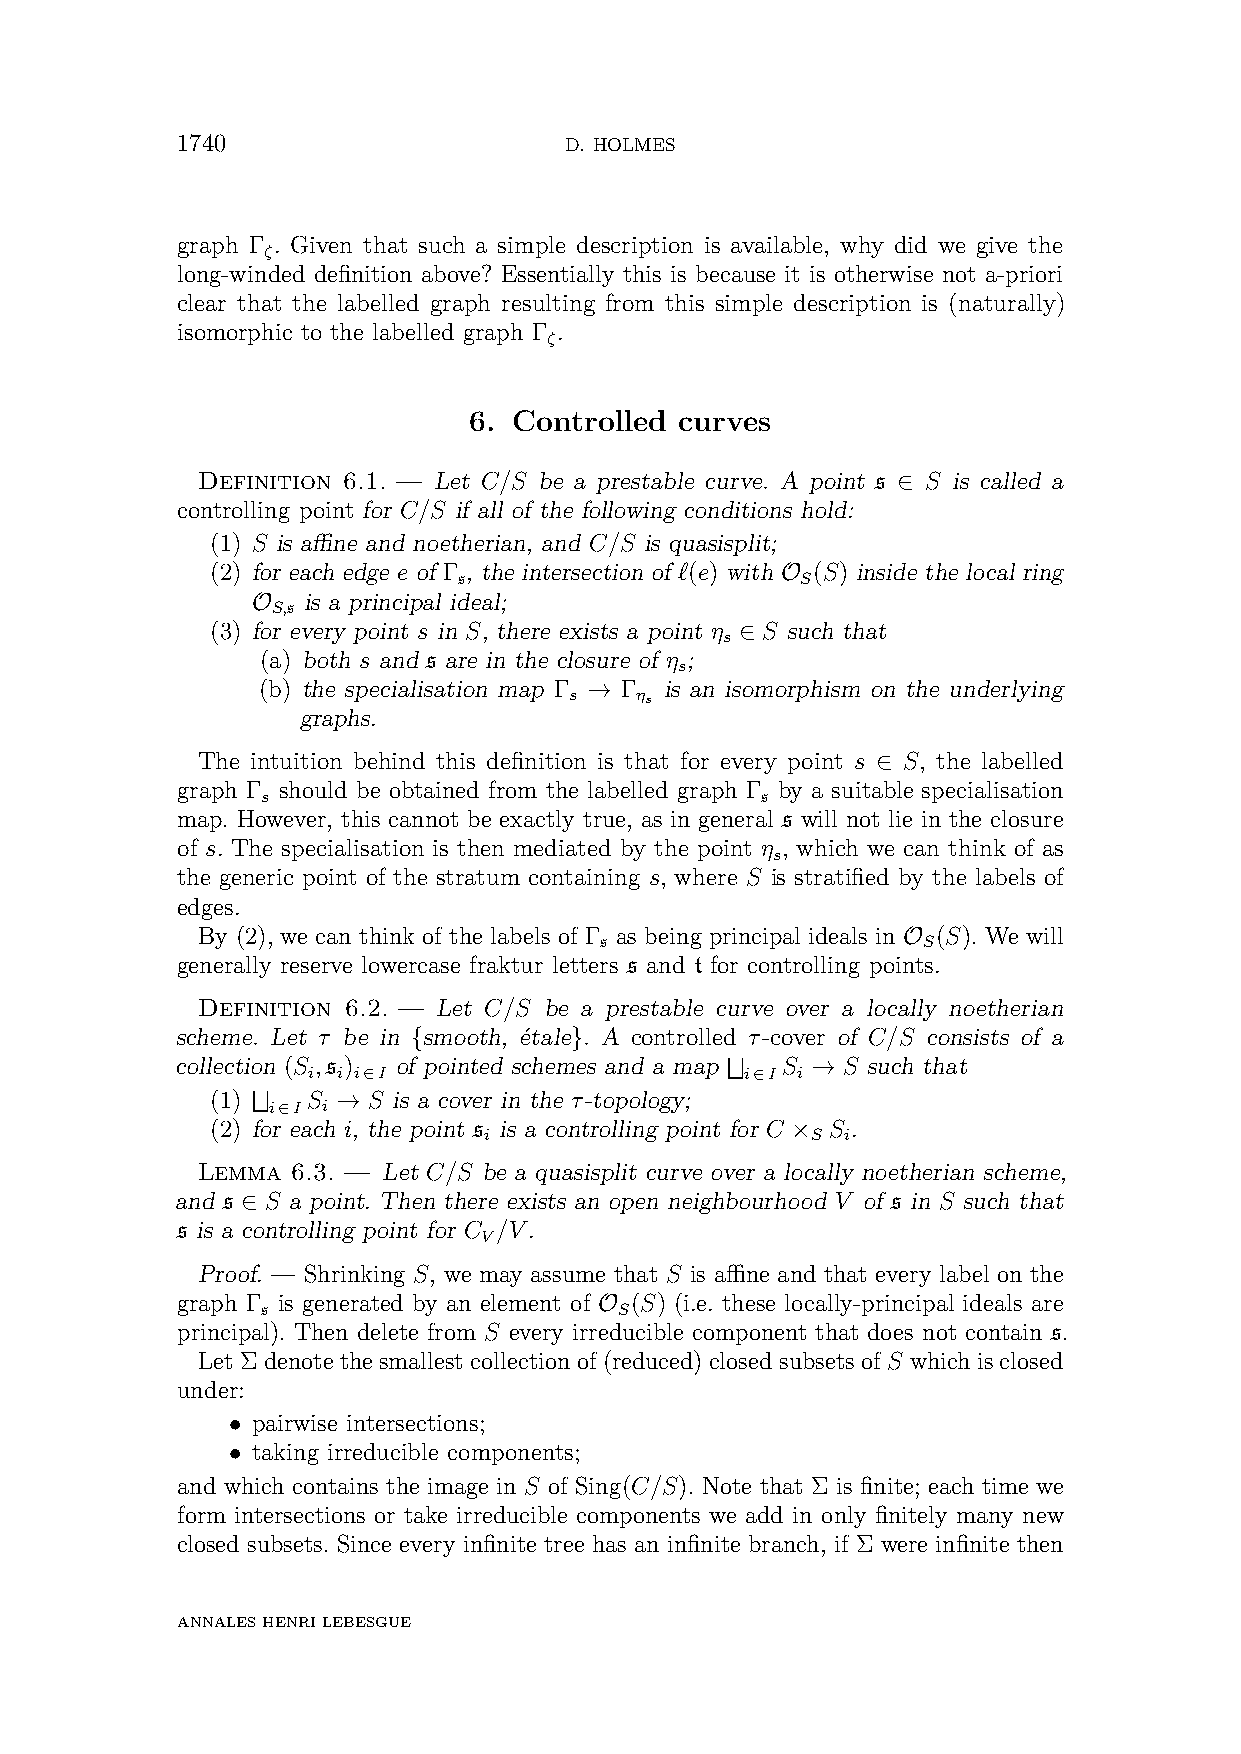
1740                     D. HOLMES
 graph Γ . Given that such a simple description is available, why did we give the
 ζ
 long-winded definition above? Essentially this is because it is otherwise not a-priori
 clear that the labelled graph resulting from this simple description is (naturally)
 isomorphic to the labelled graph Γ .
 ζ
 6. Controlled curves
 Definition 6.1. — Let C/S be a prestable curve. A point s ∈ S is called a
 controlling point for C/S if all of the following conditions hold:
 (1) S is affine and noetherian, and C/S is quasisplit;
 (2) for each edge e of Γ , the intersection of ‘(e) with O (S) inside the local ring
 s                      S
 O  is a principal ideal;
 S,s
 (3) for every point s in S, there exists a point η ∈ S such that
 s
 (a) both s and s are in the closure of η ;
 s
 (b) the specialisation map Γ → Γ is an isomorphism on the underlying
 s   ηs
 graphs.
 The intuition behind this definition is that for every point s ∈ S, the labelled
 graph Γ should be obtained from the labelled graph Γ by a suitable specialisation
 s                                s
 map. However, this cannot be exactly true, as in general s will not lie in the closure
 of s. The specialisation is then mediated by the point η , which we can think of as
 s
 the generic point of the stratum containing s, where S is stratified by the labels of
 edges.
 By (2), we can think of the labels of Γ as being principal ideals in O (S). We will
 s                    S
 generally reserve lowercase fraktur letters s and t for controlling points.
 Definition 6.2. — Let C/S be a prestable curve over a locally noetherian
 scheme. Let τ be in {smooth, étale}. A controlled τ-cover of C/S consists of a
 collection (S ,s ) of pointed schemes and a map F S → S such that
 i i i∈I                      i∈I i
 (1) F S → S is a cover in the τ-topology;
 i∈I i
 (2) for each i, the point s is a controlling point for C × S .
 i                     S i
 Lemma 6.3. — Let C/S be a quasisplit curve over a locally noetherian scheme,
 and s ∈ S a point. Then there exists an open neighbourhood V of s in S such that
 s is a controlling point for C /V.
 V
 Proof. — Shrinking S, we may assume that S is affine and that every label on the
 graph Γ is generated by an element of O (S) (i.e. these locally-principal ideals are
 s                       S
 principal). Then delete from S every irreducible component that does not contain s.
 Let Σ denote the smallest collection of (reduced) closed subsets of S which is closed
 under:
 • pairwise intersections;
 • taking irreducible components;
 and which contains the image in S of Sing(C/S). Note that Σ is finite; each time we
 form intersections or take irreducible components we add in only finitely many new
 closed subsets. Since every infinite tree has an infinite branch, if Σ were infinite then
 ANNALESHENRILEBESGUE